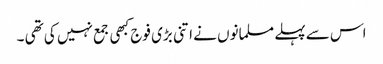
اس سے پہلے مسلمانوں نے اتنی بڑی فوج کبھی جمع نہیں کی تھی ۔